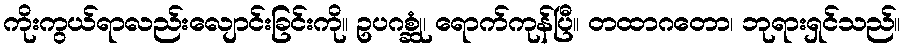
ကိုးကွယ်ရာလည်းလျောင်းခြင်းကို။ ဥပဂစ္ဆုံ၊ ရောက်ကုန်ပြီ။ တထာဂတော၊ ဘုရားရှင်သည်။